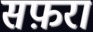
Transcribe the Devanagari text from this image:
सफ़रा